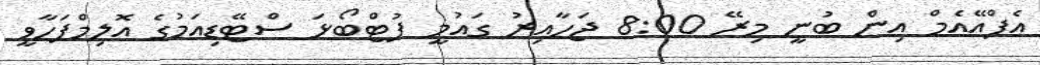
އެފްއޭއެމް އިން ބުނީ މިރޭ 8:00 ޖަހާއިރު ގައުމީ ފުޓްބޯޅަ ސްޓޭޑިއަމުގެ އޮލިމްޕަހާވީ